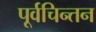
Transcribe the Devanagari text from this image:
पूर्वचिन्तन